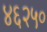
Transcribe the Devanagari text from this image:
४६२५०